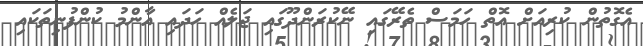
އެގޮތުން ކުރިއަށް އޮތް ހަމަސް ތެރޭގައި ނޭކުރަންދޫގައި ޖަލެއް ހަދަައި އާންމު ކުންފުނިތަކައި